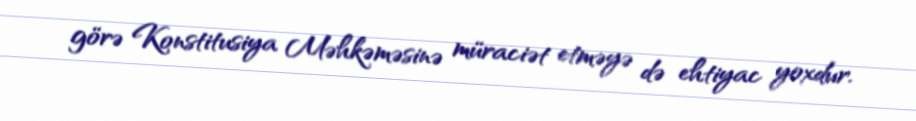
görə Konstitusiya Məhkəməsinə müraciət etməyə də ehtiyac yoxdur.